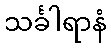
သင်္ခါရာနံ